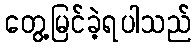
တွေ့မြင်ခဲ့ရပါသည်